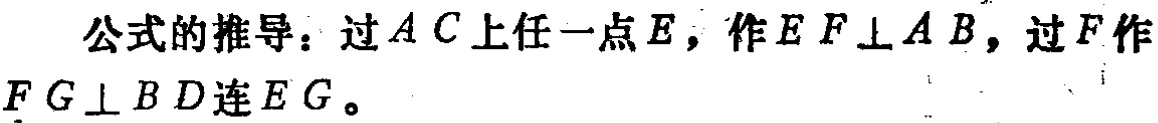
公式的推导：过\(AC\)上任一点\(E\)，作\(EF\perp AB\)，过\(F\)作\(FG\perp BD\)连\(EG\)。